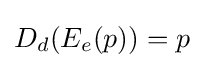
D_{d}(E_{e}(p))=p